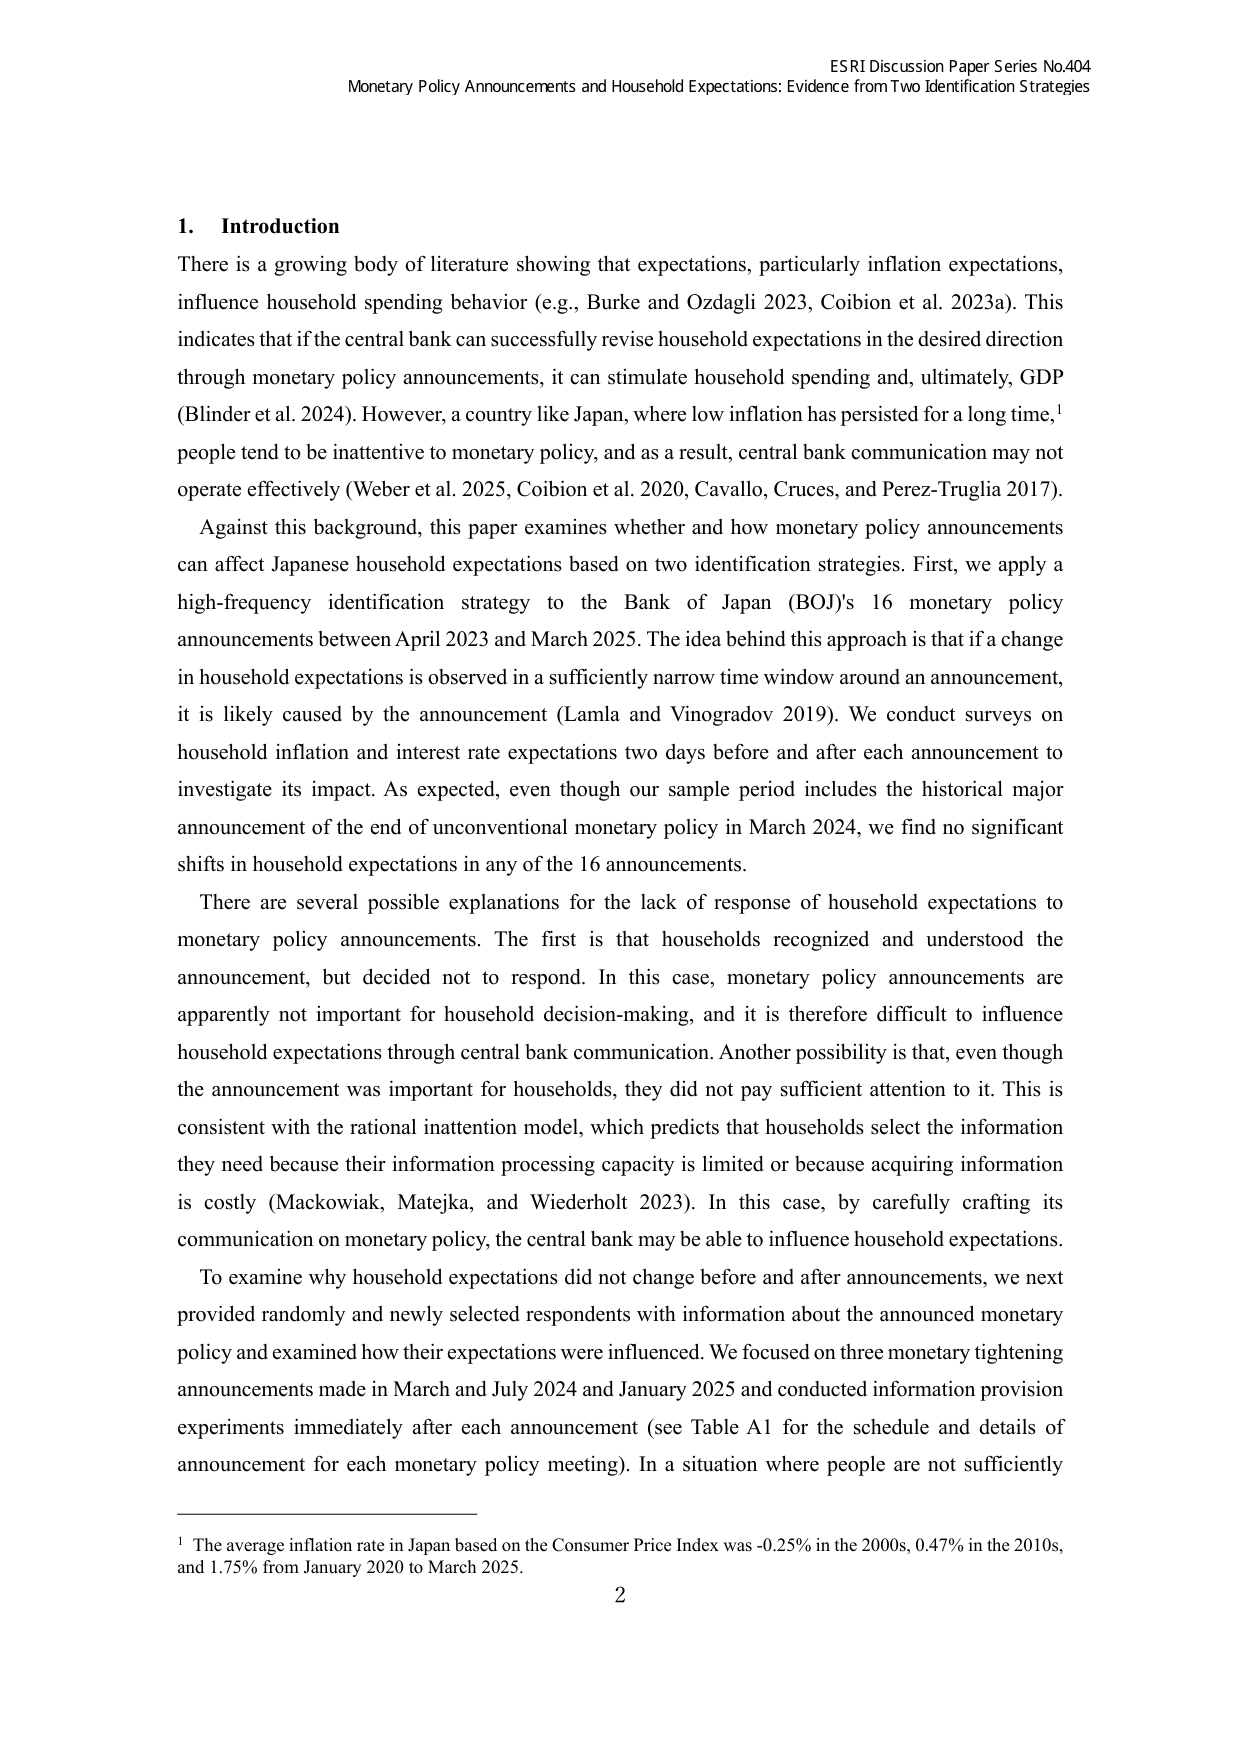
ESRI Discussion Paper Series No.404
Monetary Policy Announcements and Household Expectations: Evidence from Two Identification Strategies

1. Introduction
There is a growing body of literature showing that expectations, particularly inflation expectations, influence household spending behavior (e.g., Burke and Ozdagli 2023, Coibion et al. 2023a). This indicates that if the central bank can successfully revise household expectations in the desired direction through monetary policy announcements, it can stimulate household spending and, ultimately, GDP (Blinder et al. 2024). However, a country like Japan, where low inflation has persisted for a long time,¹ people tend to be inattentive to monetary policy, and as a result, central bank communication may not operate effectively (Weber et al. 2025, Coibion et al. 2020, Cavallo, Cruces, and Perez-Truglia 2017).

Against this background, this paper examines whether and how monetary policy announcements can affect Japanese household expectations based on two identification strategies. First, we apply a high-frequency identification strategy to the Bank of Japan (BOJ)'s 16 monetary policy announcements between April 2023 and March 2025. The idea behind this approach is that if a change in household expectations is observed in a sufficiently narrow time window around an announcement, it is likely caused by the announcement (Lamla and Vinogradov 2019). We conduct surveys on household inflation and interest rate expectations two days before and after each announcement to investigate its impact. As expected, even though our sample period includes the historical major announcement of the end of unconventional monetary policy in March 2024, we find no significant shifts in household expectations in any of the 16 announcements.

There are several possible explanations for the lack of response of household expectations to monetary policy announcements. The first is that households recognized and understood the announcement, but decided not to respond. In this case, monetary policy announcements are apparently not important for household decision-making, and it is therefore difficult to influence household expectations through central bank communication. Another possibility is that, even though the announcement was important for households, they did not pay sufficient attention to it. This is consistent with the rational inattention model, which predicts that households select the information they need because their information processing capacity is limited or because acquiring information is costly (Mackowiak, Matejka, and Wiederholt 2023). In this case, by carefully crafting its communication on monetary policy, the central bank may be able to influence household expectations.

To examine why household expectations did not change before and after announcements, we next provided randomly and newly selected respondents with information about the announced monetary policy and examined how their expectations were influenced. We focused on three monetary tightening announcements made in March and July 2024 and January 2025 and conducted information provision experiments immediately after each announcement (see Table A1 for the schedule and details of announcement for each monetary policy meeting). In a situation where people are not sufficiently

¹ The average inflation rate in Japan based on the Consumer Price Index was -0.25% in the 2000s, 0.47% in the 2010s, and 1.75% from January 2020 to March 2025.
2